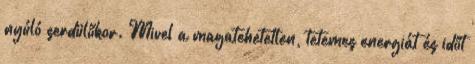
nyúló serdülőkor. Mivel a magatehetetlen, tetemes energiát és időt